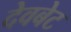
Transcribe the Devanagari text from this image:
देवबेट